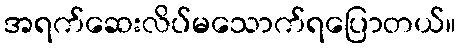
အရက်ဆေးလိပ်မသောက်ရပြောတယ်။